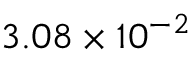
3 . 0 8 \times 1 0 ^ { - 2 }